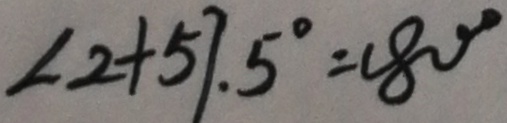
\angle 2 + 5 7 . 5 ^ { \circ } = 1 8 0 ^ { \circ }